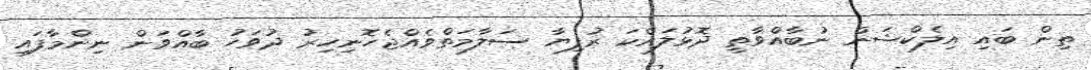
ތިން ބައި އިލެކްޝަން ނުބާއްވާތީ ދޮޅުލައްކަ ރުފިޔާ ސަލާމަތްވެއްޖެހޮނިހިރު ދުވަހު ބާއްވަން ނިންމާފައި